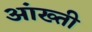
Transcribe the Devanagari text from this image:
आंख्ती